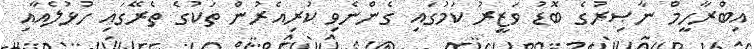
އިބްރާހީމް ނާޞިރުގެ ބޮޑު ވަޒީރު ކަމުގައި ގެންނެވި ކުރިއެރުން ތަކުގެ ތެރޭގައި ހުޅުލެއާއި